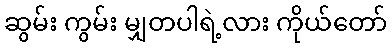
ဆွမ်း ကွမ်း မျှတပါရဲ့လား ကိုယ်တော်